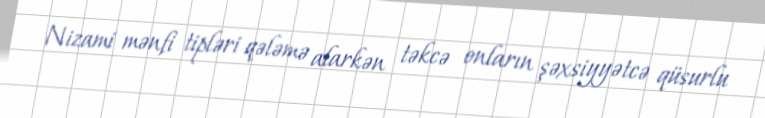
Nizami mənfi tipləri qələmə alarkən təkcə onların şəxsiyyətcə qüsurlu